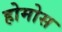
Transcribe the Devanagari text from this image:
होमोस